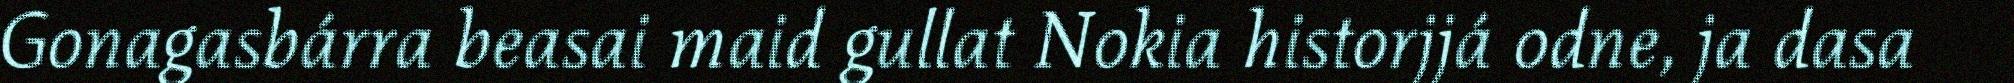
Gonagasbárra beasai maid gullat Nokia historjjá odne, ja dasa